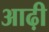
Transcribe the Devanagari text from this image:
आढ़ी